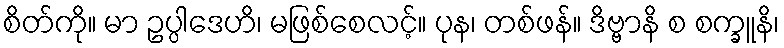
စိတ်ကို။ မာ ဥပ္ပါဒေဟိ၊ မဖြစ်စေလင့်။ ပုန၊ တစ်ဖန်။ ဒိဗ္ဗာနိ စ စက္ခူနိ၊